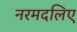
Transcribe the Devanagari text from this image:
नरमदलिए